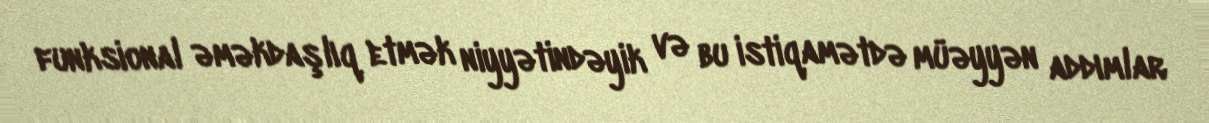
funksional əməkdaşlıq etmək niyyətindəyik və bu istiqamətdə müəyyən addımlar